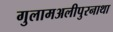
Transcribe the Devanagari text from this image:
गुलामअलीपुरनाथा